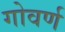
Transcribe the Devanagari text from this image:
गोवर्ण